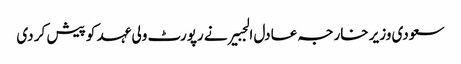
سعودی وزیر خارجہ عادل الجبیر نے رپورٹ ولی عہد کو پیش کر دی